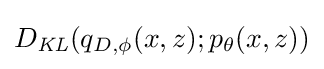
D_{\mathit {KL}}(q_{D,\phi }(x,z);p_{\theta }(x,z))